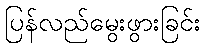
ပြန်လည်မွေးဖွားခြင်း